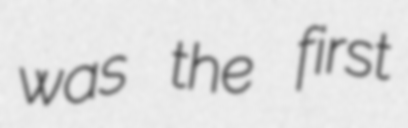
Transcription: was the first